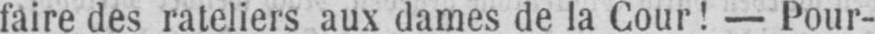
faire des rateliers aux dames de la Cour! - Pour-